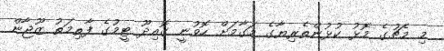
މި މެޗުގެ މޮޅު ކުޅުންތެރިޔާގެ މަގާމަށް ހޮވުނީ ގޮއިދޫ ޓީމުގެ ފާތިމަތު ޒޫޖާން